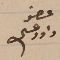
عضو داود عسى